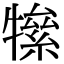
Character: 𤛡